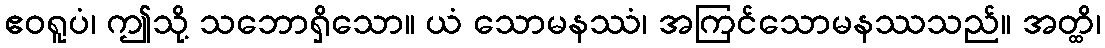
ဧဝရူပံ၊ ဤသို့ သဘောရှိသော။ ယံ သောမနဿံ၊ အကြင်သောမနဿသည်။ အတ္ထိ၊